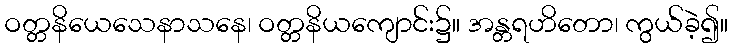
ဝတ္တနိယေသေနာသနေ၊ ဝတ္တနိယကျောင်း၌။ အန္တရဟိတော၊ ကွယ်ခဲ့၍။